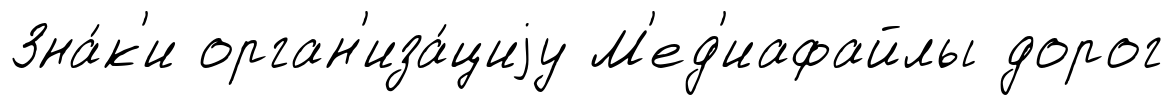
Зна́к'и орган'иза́циjу М'ед'иафайлы дорог